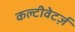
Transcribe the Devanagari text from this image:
कल्टीवेटर्ज़